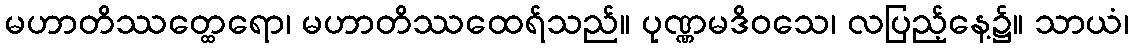
မဟာတိဿတ္ထေရော၊ မဟာတိဿထေရ်သည်။ ပုဏ္ဏမဒိဝသေ၊ လပြည့်နေ့၌။ သာယံ၊